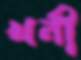
খনী